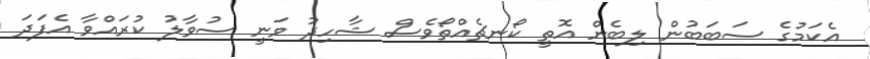
އެކަމުގެ ސަބަބުން ލިބެން އޮތީ ކޯނޗެއްތޯވެސް ޝާހިދު ވަނީ ސުވާލު ކުރައްވާ އެފަދަ